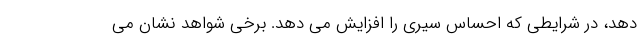
دهد، در شرایطی که احساس سیری را افزایش می دهد. برخی شواهد نشان می